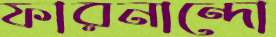
ফারনান্দো